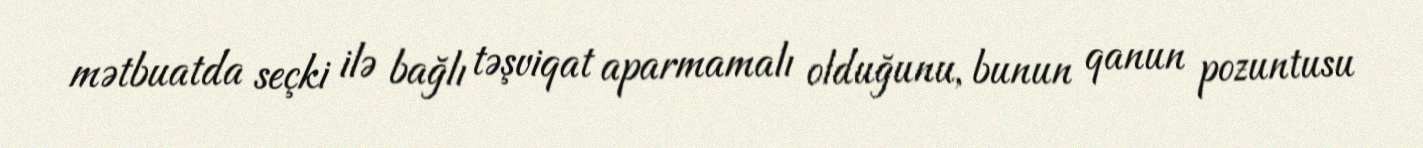
mətbuatda seçki ilə bağlı təşviqat aparmamalı olduğunu, bunun qanun pozuntusu